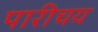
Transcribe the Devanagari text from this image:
पारीचय